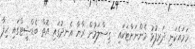
ހަމައެކަނި ދަރިފުޅު މެންނަށްޓަކައި  ގިސްލަމުން ރާޔާ އެނދުގައި އޮތް ބެޑްޝީޓްގައި ހިފާ